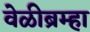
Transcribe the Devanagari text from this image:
वेळीब्रम्हा